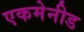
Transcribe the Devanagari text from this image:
एकमेनीड